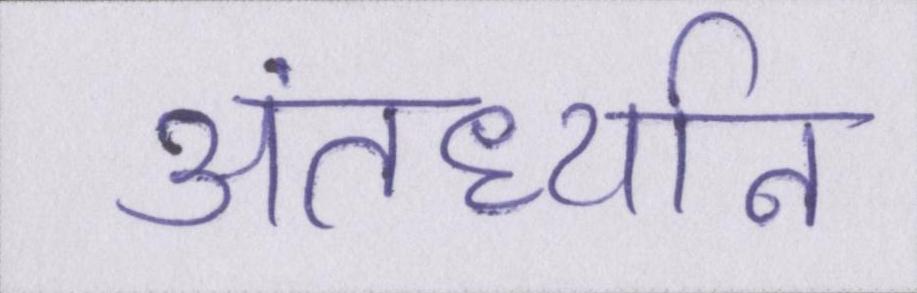
अंतर्ध्यान